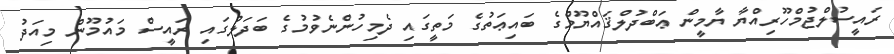
ރައީސުލްޖުމްހޫރިއްޔާ ޔާމީން ޢަބްދުލްޤައްޔޫމްގެ ބައިޢަތުގެ މަތީގައި ދެމިހުންނެވުމުގެ ބަދަލުގައި ރައީސް މައުމޫން މިއަދު